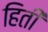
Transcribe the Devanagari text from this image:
हिती